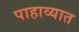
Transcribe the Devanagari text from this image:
पाहाव्यात